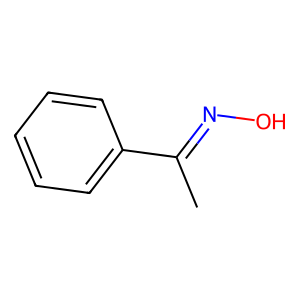
SMILES: CC(=NO)c1ccccc1
Inhibits HIV replication: No